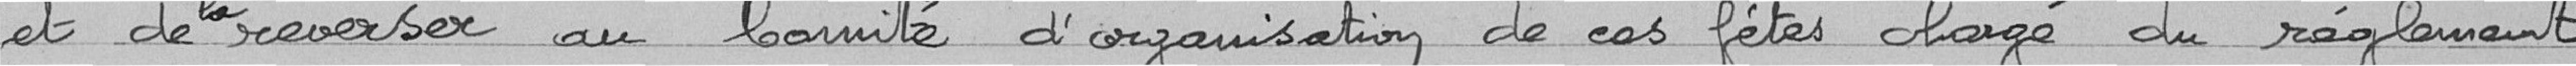
et de la reverser au Comité d'organisation de ces fêtes chargé du réglement